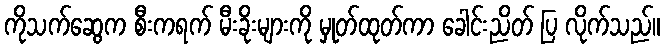
ကိုသက်ဆွေက စီးကရက် မီးခိုးများကို မှုတ်ထုတ်ကာ ခေါင်းညိတ် ပြ လိုက်သည်။